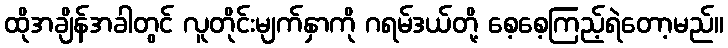
ထိုအချိန်အခါတွင် လူတိုင်းမျက်နှာကို ဂရမ်ဒယ်တို့ စေ့စေ့ကြည့်ရဲတော့မည်။